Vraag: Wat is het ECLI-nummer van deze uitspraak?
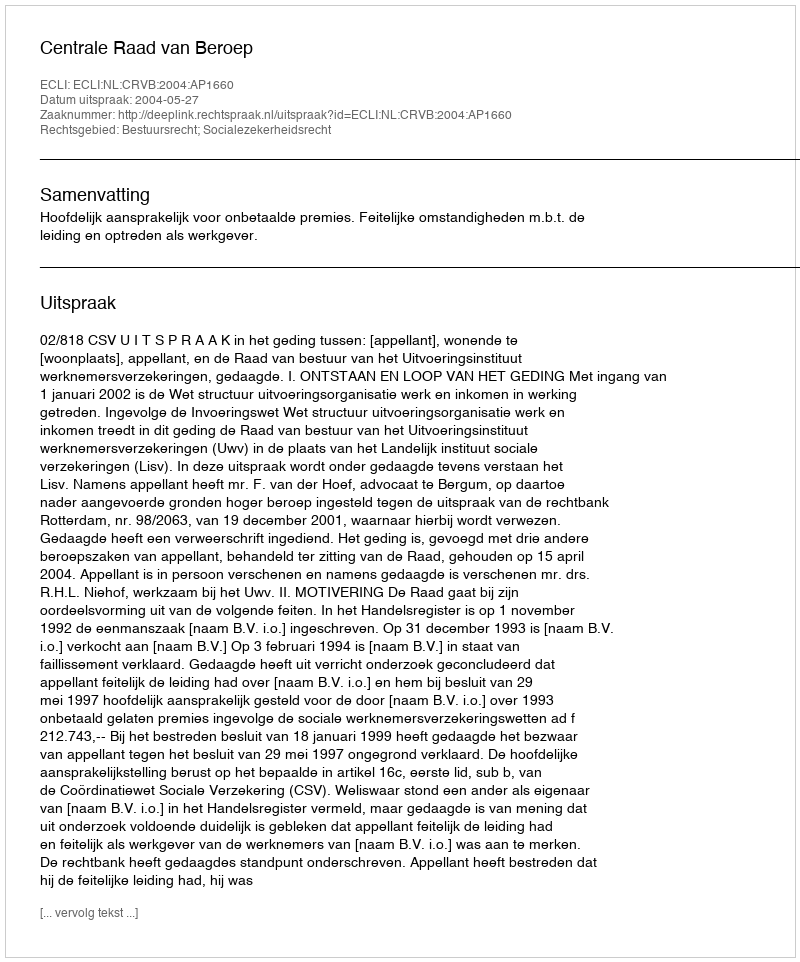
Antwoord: ECLI:NL:CRVB:2004:AP1660